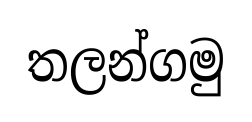
තලන්ගමු